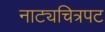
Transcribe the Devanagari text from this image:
नाट्यचित्रपट